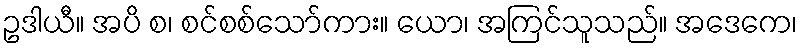
ဥဒါယီ။ အပိ စ၊ စင်စစ်သော်ကား။ ယော၊ အကြင်သူသည်။ အဒေကေ၊